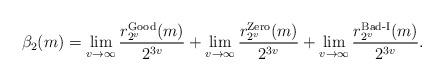
LaTeX: \begin{align*} \beta_{2}(m)=\lim_{v \to \infty} \dfrac{r_{2^v}^{\operatorname{Good}}(m)}{2^{3v}} +\lim_{v \to \infty} \dfrac{r_{2^v}^{\operatorname{Zero}}(m)}{2^{3v}} +\lim_{v \to \infty} \dfrac{r_{2^v}^{\operatorname{Bad-I}}(m)}{2^{3v}}. \end{align*}